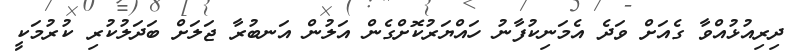
ދިރިއުޅުއްވާ ގެއަށް ވަދެ އެމަނިކުފާނު ހައްޔަރުކޮށްގެން އަލުން އަނބުރާ ޖަލަށް ބަދަލުކުރި ކުރުމަކީ